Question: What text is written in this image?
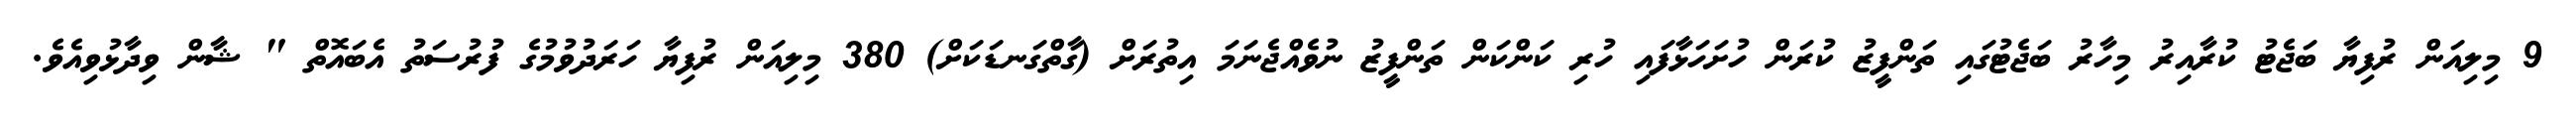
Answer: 9 މިލިއަން ރުފިޔާ ބަޖެޓު ކުރާއިރު މިހާރު ބަޖެޓުގައި ތަންފީޒު ކުރަން ހުށަހަޅާފައި ހުރި ކަންކަން ތަންފީޒު ނުވެއްޖެނަމަ އިތުރަށް (ގާތްގަނޑަކަށް) 380 މިލިއަން ރުފިޔާ ހަރަދުވުމުގެ ފުރުސަތު އެބައޮތް " ޝާން ވިދާޅުވިއެވެ.